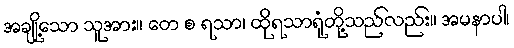
အချို့သော သူအား။ တေ စ ရသာ၊ ထိုရသာရုံတို့သည်လည်း။ အမနာပါ၊